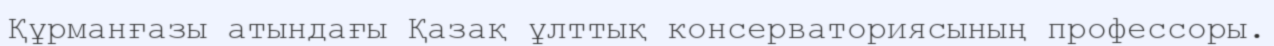
Құрманғазы атындағы Қазақ ұлттық консерваториясының профессоры.